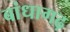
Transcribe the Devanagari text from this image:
बांधागढ़